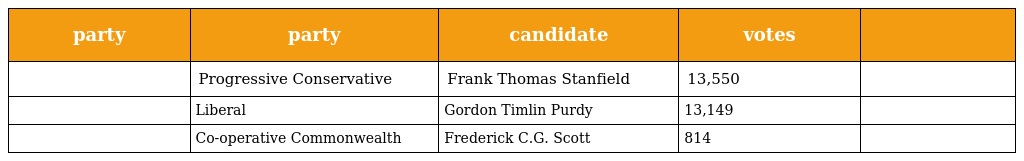
| party | party | candidate | votes |  |
 | --- | --- | --- | --- | --- |
 |  | Progressive Conservative | Frank Thomas Stanfield | 13,550 |  |
 |  | Liberal | Gordon Timlin Purdy | 13,149 |  |
 |  | Co-operative Commonwealth | Frederick C.G. Scott | 814 |  |